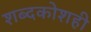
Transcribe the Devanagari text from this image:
शब्दकोशही